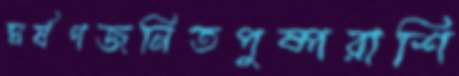
ঘর্ষণজনিতপুষ্পরাশি